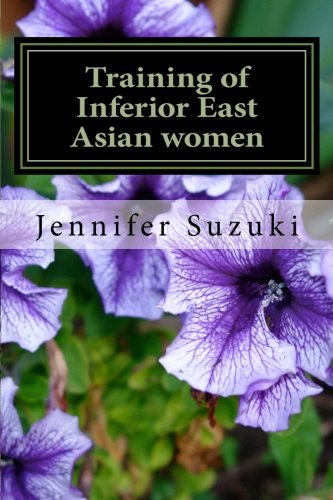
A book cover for Training of Inferior East Asian women: PART II of Confessions of Submissive East Asian women; Jennifer Suzuki; Romance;